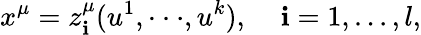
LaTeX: x^{\mu}=z_{\mathbf{i}}^{\mu}(u^{1},\cdot\cdot\cdot,u^{k}),\; \; \; \; \mathbf{i}=1,...,l,